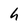
Character: h